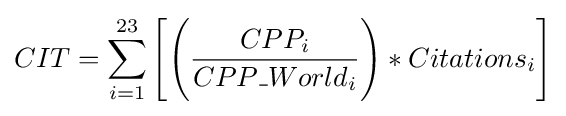
CIT=\sum _{i=1}^{23}{\Bigg [}{\Bigg (}{\frac {CPP_{i}}{CPP\_{World_{i}}}}{\Bigg )}*Citations_{i}{\Bigg ]}